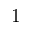
1